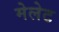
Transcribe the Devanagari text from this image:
मेलेट